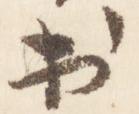
出